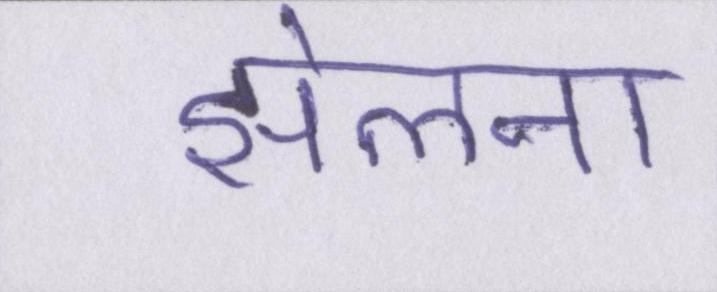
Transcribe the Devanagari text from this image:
झेलना